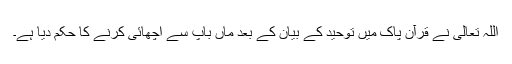
اللہ تعالی نے قرآن پاک میں توحید کے بیان کے بعد ماں باپ سے اچھائی کرنے کا حکم دیا ہے۔